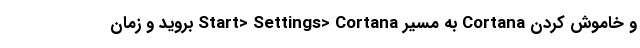
و خاموش کردن Cortana به مسیر Start> Settings> Cortana بروید و زمان